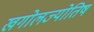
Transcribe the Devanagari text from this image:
खगोलज्योतिष